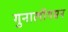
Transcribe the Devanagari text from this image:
गुनालॉगसन